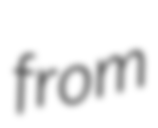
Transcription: from